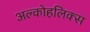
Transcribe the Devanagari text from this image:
अल्कोहलिक्स